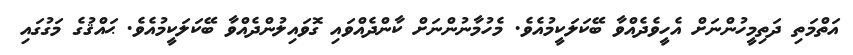
އަތްމަތި ދަތިމީހުންނަށް އެހީވެދެއްވާ ބޭކަލަކީމުއެވެ. މެހުމާނުންނަށް ކާންދެއްވައި ގޮވައިލުންދެއްވާ ބޭކަލަކީމުއެވެ. ޙައްޤުގެ މަގުގައި